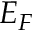
E _ { F }